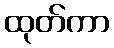
ထုတ်ကာ